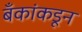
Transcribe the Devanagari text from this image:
बँकांकडून